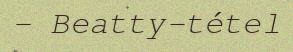
– Beatty-tétel